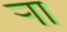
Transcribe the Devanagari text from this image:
र्‍ाा